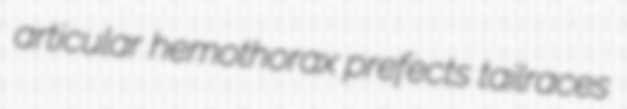
articular hemothorax prefects tailraces